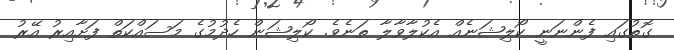
ގޮތުގައި ފެންނަނީ ކޯލިޝަނެއް އެކުލާވާލާ ތަނެވެ. ކޯލިޝަން ހެދުމުގެ މަސައްކަތް ފަށާއިރު އޭރު